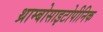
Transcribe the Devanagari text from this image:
थ्राम्बोसाइटोपीनिक